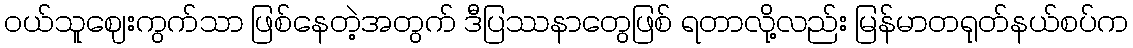
ဝယ်သူဈေးကွက်သာ ဖြစ်နေတဲ့အတွက် ဒီပြဿနာတွေဖြစ် ရတာလို့လည်း မြန်မာတရုတ်နယ်စပ်က